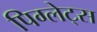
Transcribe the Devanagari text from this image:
पिग्लेट्स